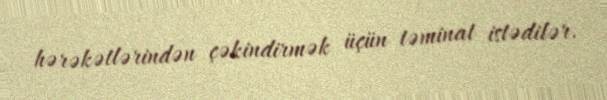
hərəkətlərindən çəkindirmək üçün təminat istədilər.